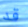
قد